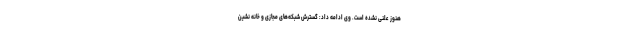
هنوز علنی نشده است. وی ادامه داد: گسترش شبکه‌های مجازی و خانه نشین